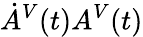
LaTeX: \dot{A}^{V}(t)A^{V}(t)